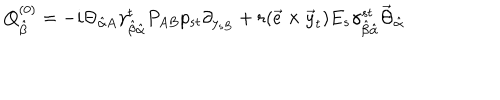
LaTeX: Q _ { \hat { \beta } } ^ { ( 0 ) } = - i \Theta _ { \hat { \alpha } A } \gamma _ { \hat { \beta } \hat { \alpha } } ^ { t } P _ { A B } p _ { s t } \partial _ { y _ { s B } } + r ( \vec { e } \times \vec { y } _ { t } ) E _ { s } \gamma _ { \hat { \beta } \hat { \alpha } } ^ { s t } \vec { \Theta } _ { \hat { \alpha } }